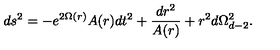
d s ^ { 2 } = - e ^ { 2 \Omega ( r ) } A ( r ) d t ^ { 2 } + \frac { d r ^ { 2 } } { A ( r ) } + r ^ { 2 } d \Omega _ { d - 2 } ^ { 2 } .